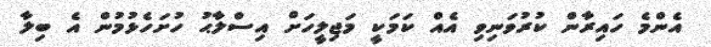
އެންމެ ހައިރާން ކުރުވަނިވި އެއް ކަމަކީ މަޖިލީހަށް އިސްލާޙު ހުށަހެޅުމުން އެ ބިލާ